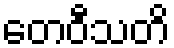
တေဝီသတိ